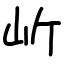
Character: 岓